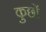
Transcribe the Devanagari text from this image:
कुछों